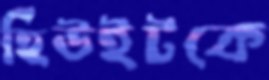
হিউইটকে